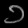
Digit: ၁